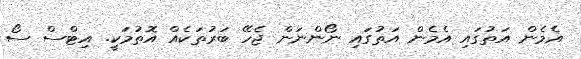
އެމެން އަތުގައި އެމެން އަތުގައި ނޯންނަން ޖެހޭ ބަރުތަކެއް އޮތުމަކީ. އިޓްސް ސޯ